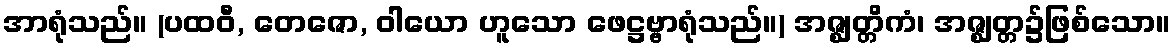
အာရုံသည်။ (ပထဝီ, တေဇော, ဝါယော ဟူသော ဖေဋ္ဌဗ္ဗာရုံသည်။) အဇ္ဈတ္တိကံ၊ အဇ္ဈတ္တ၌ဖြစ်သော။